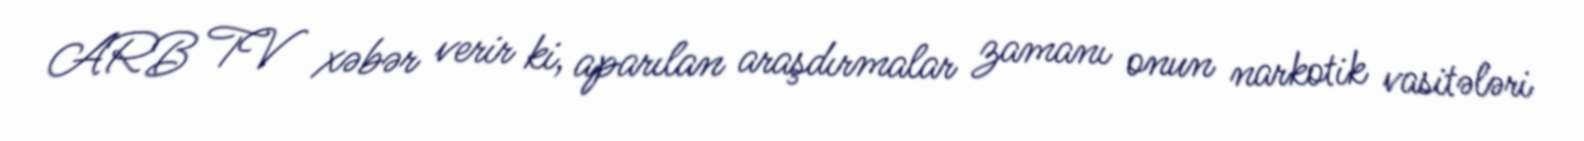
ARB TV xəbər verir ki, aparılan araşdırmalar zamanı onun narkotik vasitələri